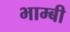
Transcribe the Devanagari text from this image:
भाम्बी